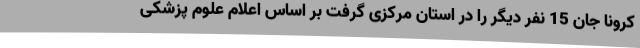
کرونا جان 15 نفر دیگر را در استان مرکزی گرفت بر اساس اعلام علوم پزشکی